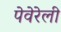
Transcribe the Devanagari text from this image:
पेवेरेली